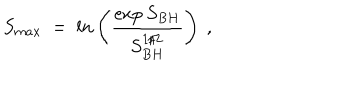
S _ { m a x } ~ = ~ l n \left( { \frac { \exp { S _ { B H } } } { S _ { B H } ^ { 1 / 2 } } } \right) ~ ,